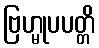
ဗြဟ္မုပပတ္တိ